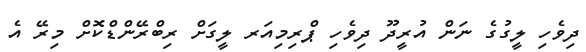
ދިވެހި ލީގުގެ ނަން އުރީދޫ ދިވެހި ޕްރިމިއަރ ލީގަށް ރިބްރޭންޑްކޮށް މިރޭ އެ